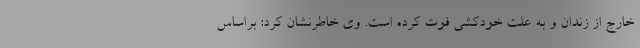
خارج از زندان و به علت خودکشی فوت کرده است. وی خاطرنشان کرد: براساس